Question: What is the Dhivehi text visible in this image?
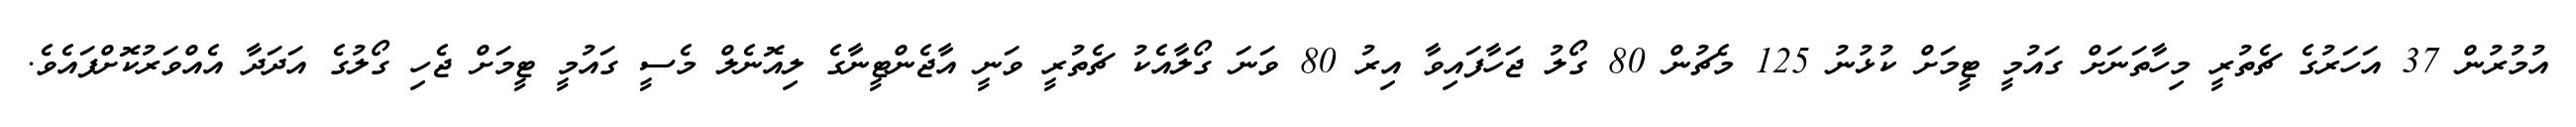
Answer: އުމުރުން 37 އަހަރުގެ ޗެތުރީ މިހާތަނަށް ގައުމީ ޓީމަށް ކުޅުނު 125 މެޗުން 80 ގޯލު ޖަހާފައިވާ އިރު 80 ވަނަ ގޯލާއެކު ޗެތުރީ ވަނީ އާޖެންޓީނާގެ ލިއޮނެލް މެސީ ގައުމީ ޓީމަށް ޖެހި ގޯލުގެ އަދަދާ އެއްވަރުކޮށްފައެވެ.